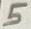
Text: 5